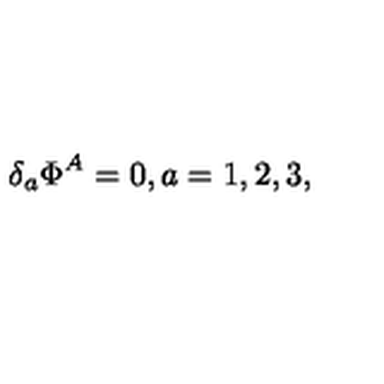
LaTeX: \delta _ { a } \Phi ^ { A } = 0 , a = 1 , 2 , 3 ,